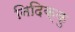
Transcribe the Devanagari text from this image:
निदिक्कु